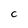
Character: C